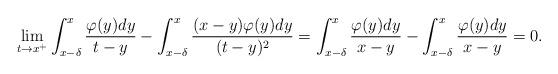
LaTeX: \begin{align*}\lim_{t\rightarrow x^+}\int_{x-\delta}^{x}\frac{\varphi(y)dy}{t-y}-\int_{x-\delta}^{x}\frac{(x-y)\varphi(y)dy}{(t-y)^2}=\int_{x-\delta}^{x}\frac{\varphi(y)dy}{x-y}-\int_{x-\delta}^{x}\frac{\varphi(y)dy}{x-y}=0.\end{align*}